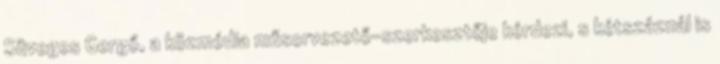
Süveges Gergő, a közmédia műsorvezető-szerkesztője kérdezi, s kétszáznál is